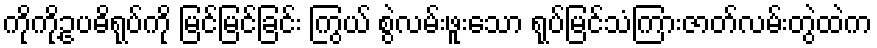
ကိုကို့ဥပဓိရုပ်ကို မြင်မြင်ခြင်း ကြွယ် စွဲလမ်းဖူးသော ရုပ်မြင်သံကြားဇာတ်လမ်းတွဲထဲက